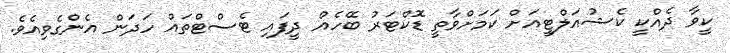
ކީވާ ދެއްކީ ކެޝުއަލްޓީއަށް ކަމަށްވާތީ ޑޮކްޓަރު ބޭހެއް ދީފައި ޓެސްޓްތައް ހަދަން އެންގެވިއެވެ.